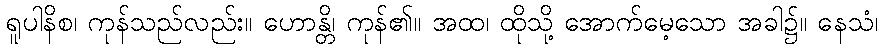
ရူပါနိစ၊ ကုန်သည်လည်း။ ဟောန္တိ၊ ကုန်၏။ အထ၊ ထိုသို့ အောက်မေ့သော အခါ၌။ နေသံ၊